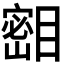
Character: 𪾺